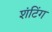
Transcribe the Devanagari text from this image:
शंटिंग